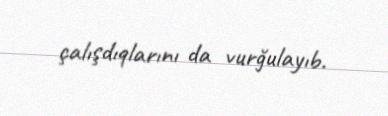
çalışdıqlarını da vurğulayıb.